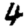
Digit: 4